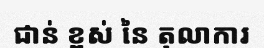
ជាន់ ខ្ពស់ នៃ តុលាការ